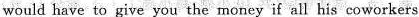
would have to give you the money if all his coworkers